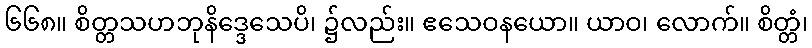
၆၆၈။ စိတ္တသဟဘုနိဒ္ဒေသေပိ၊ ၌လည်း။ ဧသေဝနယော။ ယာဝ၊ လောက်။ စိတ္တံ၊